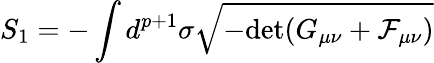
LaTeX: S_{1}=-\int d^{p+1}\sigma\sqrt{-\mathrm{\mathrm{det}}(G_{\mu\nu}+{\cal F}_{\mu\nu})}